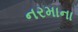
નરમાના